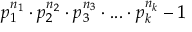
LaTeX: p _ { 1 } ^ { n _ { 1 } } \cdot p _ { 2 } ^ { n _ { 2 } } \cdot p _ { 3 } ^ { n _ { 3 } } \cdot . . . \cdot p _ { k } ^ { n _ { k } } - 1